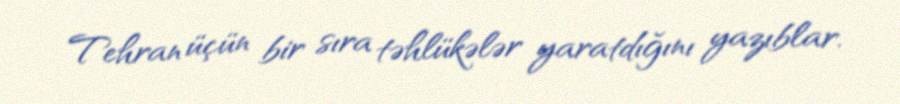
Tehran üçün bir sıra təhlükələr yaratdığını yazıblar.